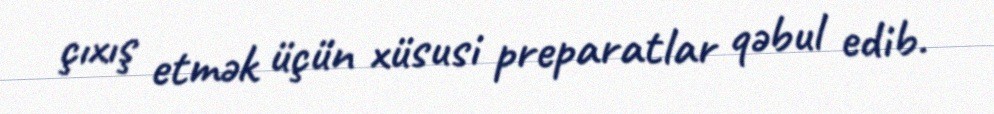
çıxış etmək üçün xüsusi preparatlar qəbul edib.